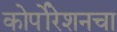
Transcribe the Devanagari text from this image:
कोर्पोरेशनचा